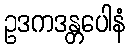
ဥဒကဒန္တပေါနံ